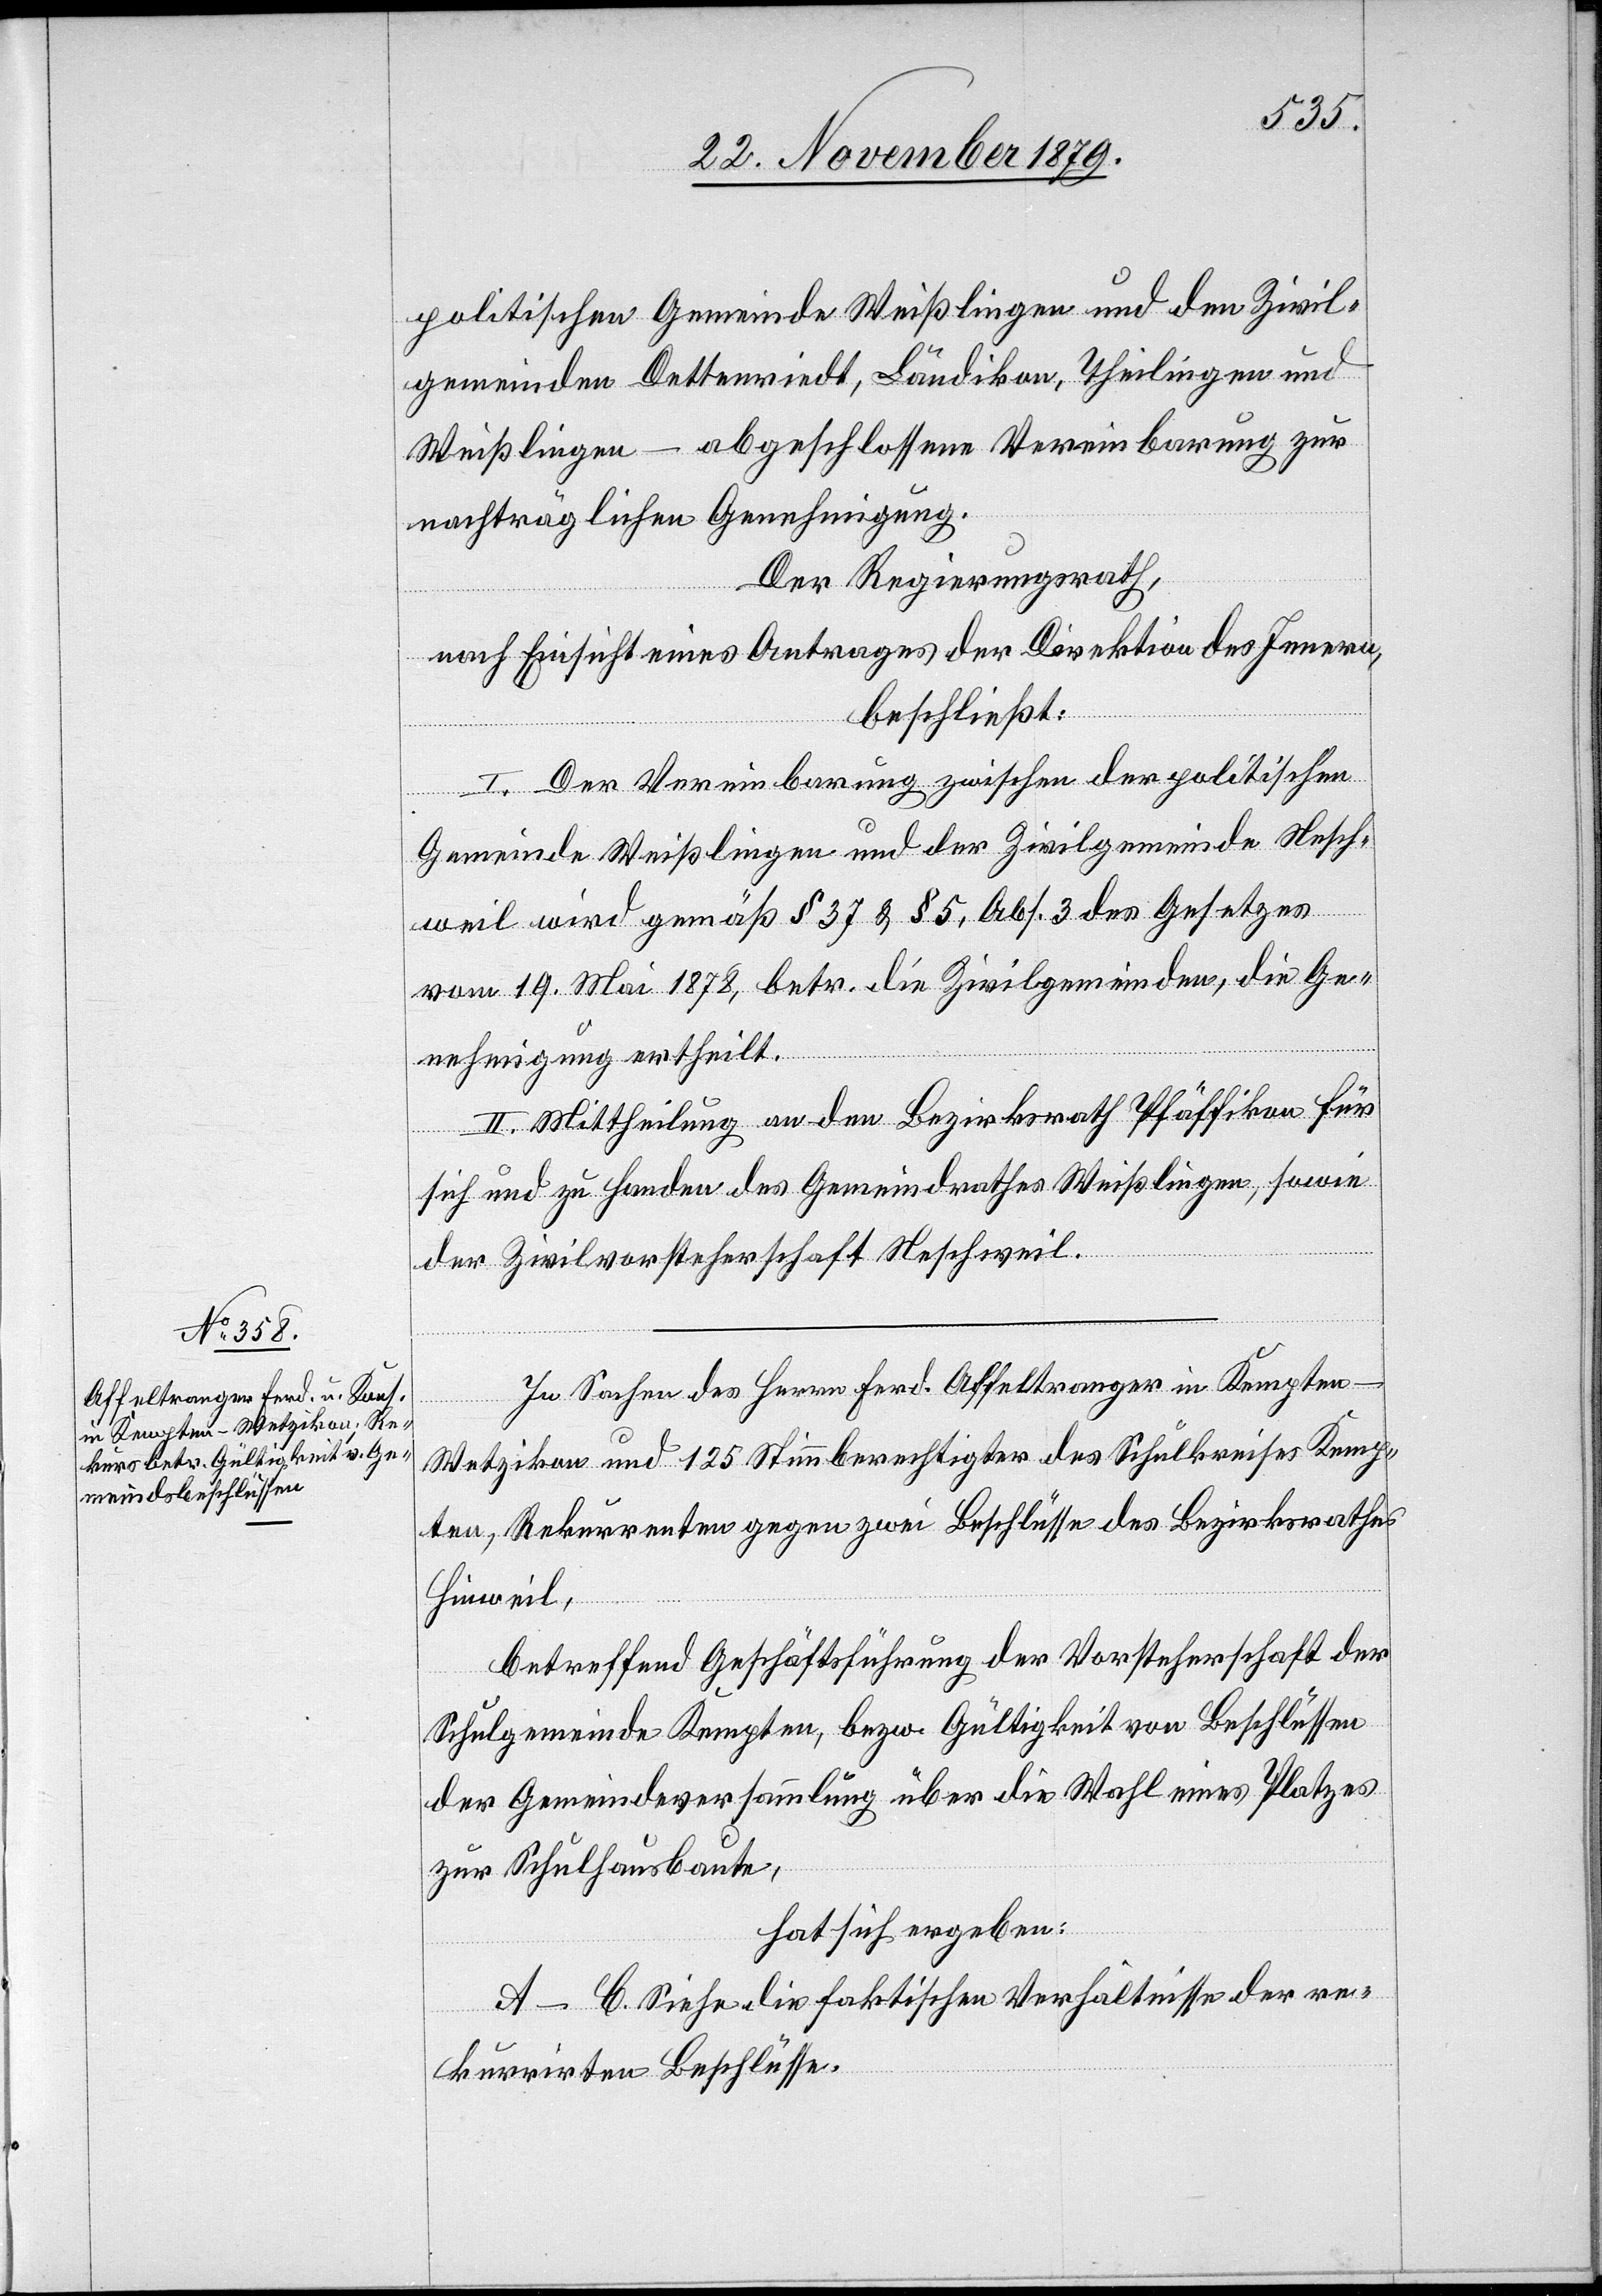
politischen Gemeinde Weißlingen und den Zivil¬
gemeinden Dettenriedt, Ländikon, Theilingen und
Weißlingen – abgeschlossene Vereinbarung zur
nachträglichen Genehmigung.
Der Regierungsrath,
nach Einsicht eines Antrages der Direktion des Innern,
beschließt:
I. Der Vereinbarung zwischen der politischen
Gemeinde Weißlingen und der Zivilgemeinde Nesch¬
weil wird gemäß § 37 & § 5, Abs. 3 des Gesetzes
vom 19. Mai 1878, betr. die Zivilgemeinden, die Ge¬
nehmigung ertheilt.
II. Mittheilung an den Bezirksrath Pfäffikon für
sich und zu Handen des Gemeindrathes Weißlingen, sowie
der Zivilvorsteherschaft Neschweil.
In Sachen des Herrn Ferd. Affeltranger in Kempten
-
Wetzikon und 125 Stimmberechtigten des Schulkreises Kemp¬
ten, Rekurrenten gegen zwei Beschlüsse des Bezirksrathes
Hinweil,
betreffend Geschäftsführung der Vorsteherschaft der
Schulgemeinde Kempten, bezw. Gültigkeit von Beschlüssen
der Gemeindsversammlung über die Wahl eines Platzes
zur Schulhausbaute,
hat sich ergeben:
A-–C. Siehe die faktischen Verhältnisse der re¬
kurrirten Beschlüsse.